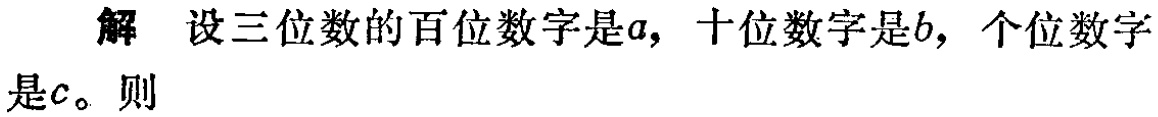
解 设三位数的百位数字是\(a\)，十位数字是\(b\)，个位数字是\(c\)。则